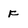
Character: F